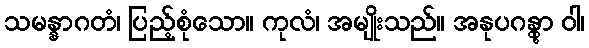
သမန္နာဂတံ၊ ပြည့်စုံသော။ ကုလံ၊ အမျိုးသည်။ အနုပဂန္တွာ ဝါ၊